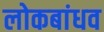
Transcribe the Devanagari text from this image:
लोकबांधव